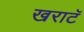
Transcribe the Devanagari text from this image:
खराटॅ